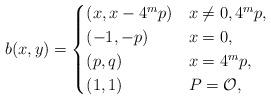
LaTeX: \begin{align*}b(x,y) = \begin{cases}(x, x - 4^{m}p) & x\neq 0,4^{m}p, \\(-1,-p) & x = 0,\\(p,q) & x =4^{m}p, \\(1,1) & P = \mathcal{O},\end{cases}\end{align*}